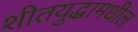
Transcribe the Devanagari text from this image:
शीतयुद्धामधील